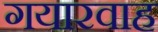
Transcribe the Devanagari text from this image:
गयारवाह